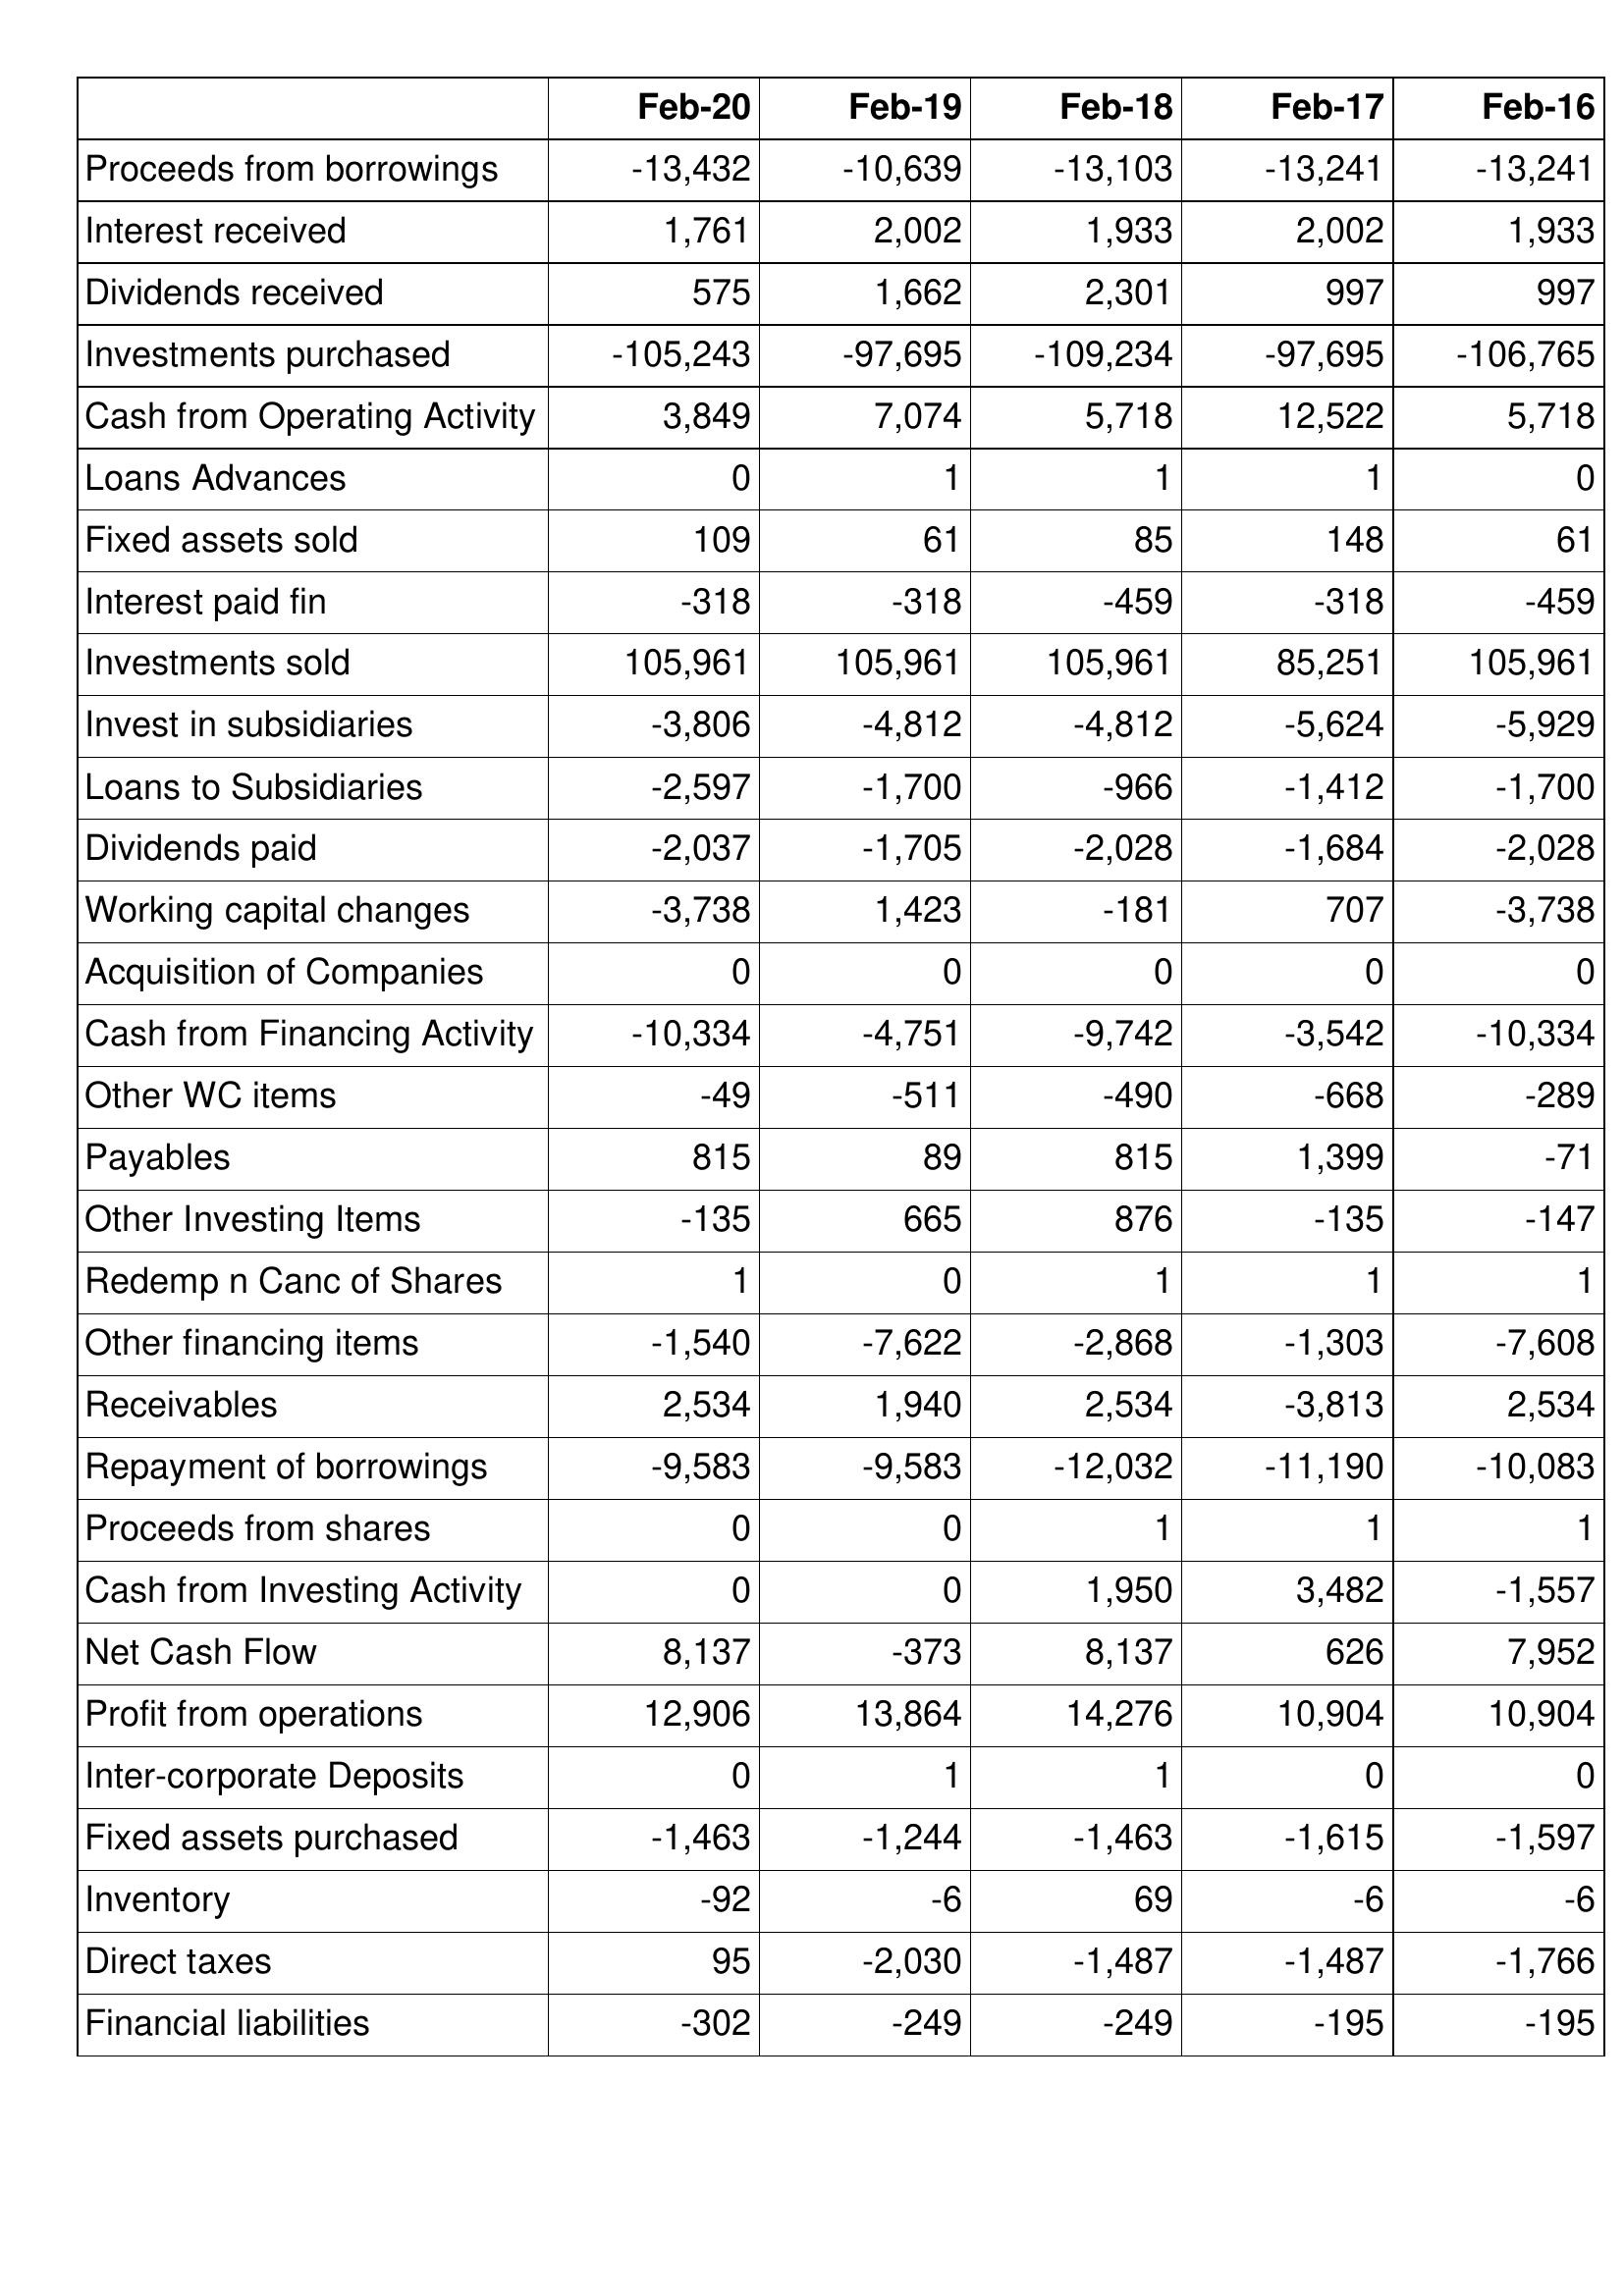
Feb-20: Cash Flows: Proceeds from borrowings: -13,432
Interest received: 1,761
Dividends received: 575
Investments purchased: -105,243
Cash from Operating Activity: 3,849
Loans Advances: 0
Fixed assets sold: 109
Interest paid fin: -318
Investments sold: 105,961
Invest in subsidiaries: -3,806
Loans to Subsidiaries: -2,597
Dividends paid: -2,037
Working capital changes: -3,738
Acquisition of Companies: 0
Cash from Financing Activity: -10,334
Other WC items: -49
Payables: 815
Other Investing Items: -135
Redemp n Canc of Shares: 1
Other financing items: -1,540
Receivables: 2,534
Repayment of borrowings: -9,583
Proceeds from shares: 0
Cash from Investing Activity: 0
Net Cash Flow: 8,137
Profit from operations: 12,906
Inter-corporate Deposits: 0
Fixed assets purchased: -1,463
Inventory: -92
Direct taxes: 95
Financial liabilities: -302
Feb-19: Cash Flows: Proceeds from borrowings: -10,639
Interest received: 2,002
Dividends received: 1,662
Investments purchased: -97,695
Cash from Operating Activity: 7,074
Loans Advances: 1
Fixed assets sold: 61
Interest paid fin: -318
Investments sold: 105,961
Invest in subsidiaries: -4,812
Loans to Subsidiaries: -1,700
Dividends paid: -1,705
Working capital changes: 1,423
Acquisition of Companies: 0
Cash from Financing Activity: -4,751
Other WC items: -511
Payables: 89
Other Investing Items: 665
Redemp n Canc of Shares: 0
Other financing items: -7,622
Receivables: 1,940
Repayment of borrowings: -9,583
Proceeds from shares: 0
Cash from Investing Activity: 0
Net Cash Flow: -373
Profit from operations: 13,864
Inter-corporate Deposits: 1
Fixed assets purchased: -1,244
Inventory: -6
Direct taxes: -2,030
Financial liabilities: -249
Feb-18: Cash Flows: Proceeds from borrowings: -13,103
Interest received: 1,933
Dividends received: 2,301
Investments purchased: -109,234
Cash from Operating Activity: 5,718
Loans Advances: 1
Fixed assets sold: 85
Interest paid fin: -459
Investments sold: 105,961
Invest in subsidiaries: -4,812
Loans to Subsidiaries: -966
Dividends paid: -2,028
Working capital changes: -181
Acquisition of Companies: 0
Cash from Financing Activity: -9,742
Other WC items: -490
Payables: 815
Other Investing Items: 876
Redemp n Canc of Shares: 1
Other financing items: -2,868
Receivables: 2,534
Repayment of borrowings: -12,032
Proceeds from shares: 1
Cash from Investing Activity: 1,950
Net Cash Flow: 8,137
Profit from operations: 14,276
Inter-corporate Deposits: 1
Fixed assets purchased: -1,463
Inventory: 69
Direct taxes: -1,487
Financial liabilities: -249
Feb-17: Cash Flows: Proceeds from borrowings: -13,241
Interest received: 2,002
Dividends received: 997
Investments purchased: -97,695
Cash from Operating Activity: 12,522
Loans Advances: 1
Fixed assets sold: 148
Interest paid fin: -318
Investments sold: 85,251
Invest in subsidiaries: -5,624
Loans to Subsidiaries: -1,412
Dividends paid: -1,684
Working capital changes: 707
Acquisition of Companies: 0
Cash from Financing Activity: -3,542
Other WC items: -668
Payables: 1,399
Other Investing Items: -135
Redemp n Canc of Shares: 1
Other financing items: -1,303
Receivables: -3,813
Repayment of borrowings: -11,190
Proceeds from shares: 1
Cash from Investing Activity: 3,482
Net Cash Flow: 626
Profit from operations: 10,904
Inter-corporate Deposits: 0
Fixed assets purchased: -1,615
Inventory: -6
Direct taxes: -1,487
Financial liabilities: -195
Feb-16: Cash Flows: Proceeds from borrowings: -13,241
Interest received: 1,933
Dividends received: 997
Investments purchased: -106,765
Cash from Operating Activity: 5,718
Loans Advances: 0
Fixed assets sold: 61
Interest paid fin: -459
Investments sold: 105,961
Invest in subsidiaries: -5,929
Loans to Subsidiaries: -1,700
Dividends paid: -2,028
Working capital changes: -3,738
Acquisition of Companies: 0
Cash from Financing Activity: -10,334
Other WC items: -289
Payables: -71
Other Investing Items: -147
Redemp n Canc of Shares: 1
Other financing items: -7,608
Receivables: 2,534
Repayment of borrowings: -10,083
Proceeds from shares: 1
Cash from Investing Activity: -1,557
Net Cash Flow: 7,952
Profit from operations: 10,904
Inter-corporate Deposits: 0
Fixed assets purchased: -1,597
Inventory: -6
Direct taxes: -1,766
Financial liabilities: -195